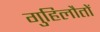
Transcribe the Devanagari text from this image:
गुहिलौतों